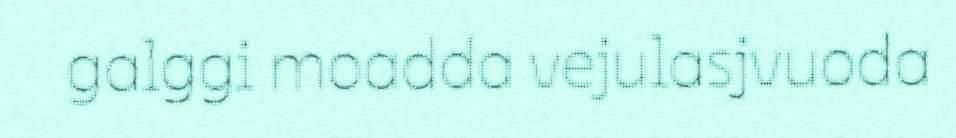
galggi moadda vejulasjvuoda